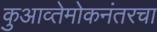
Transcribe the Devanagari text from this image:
कुआव्तेमोकनंतरचा